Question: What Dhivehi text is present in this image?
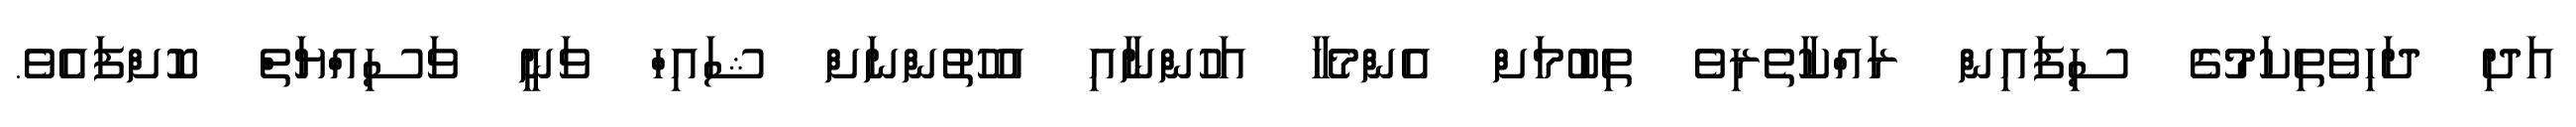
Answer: އަދި ދަހިވެތިކަމުގެ ސިފައިން ރައްކާތެރިވެ ތިބުމަށް އެންމެހާ އަހުންނާއި އުހުތުންނަށް ޝައިހް ވަނީ ވަސިއްޔަތް ކޮށްފައެވެ.